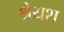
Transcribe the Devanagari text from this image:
श्रेयश